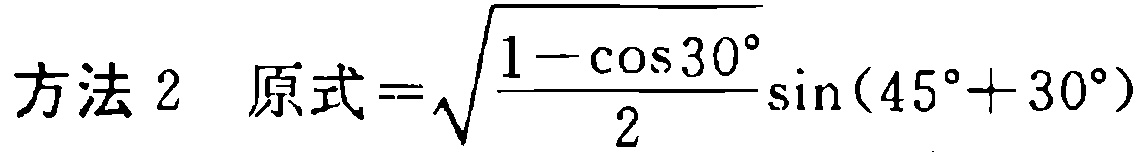
方法 2 原式=$\sqrt{\frac{1 - \cos 30^{\circ}}{2}}\sin(45^{\circ} + 30^{\circ})$